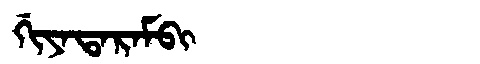
Manchu: ᡤᡳᠶᠠᡨᠠᡵᠠᠮᠪᡳ
Romanization: GIYATARAMBI